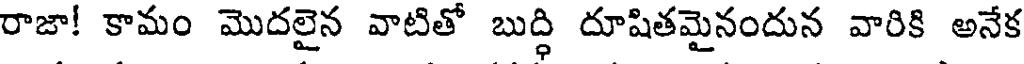
రాజా! కామం మొదలైన వాటితో బుద్ధి దూషితమైనందున వారికి అనేక